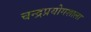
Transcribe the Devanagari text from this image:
चन्द्रप्रयोगशाला